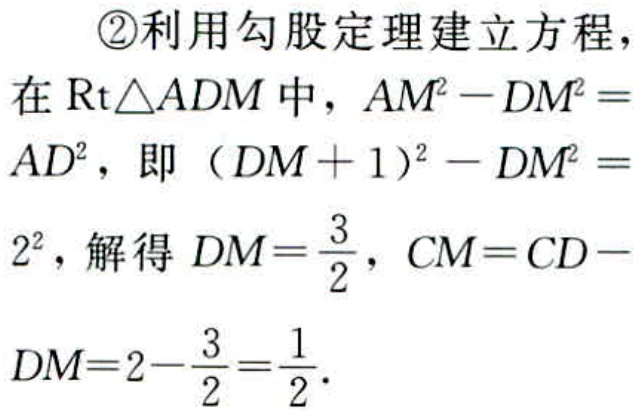
\textcircled{2}利用勾股定理建立方程，
在$\text{Rt}\triangle ADM$中，$AM^{2}-DM^{2}=$
$AD^{2}$，即 $(DM + 1)^{2}-DM^{2}=$
$2^{2}$，解得$DM = \dfrac{3}{2}$，$CM = CD -$
$DM = 2-\dfrac{3}{2}=\dfrac{1}{2}.$